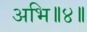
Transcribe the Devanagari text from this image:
अभि॥४॥